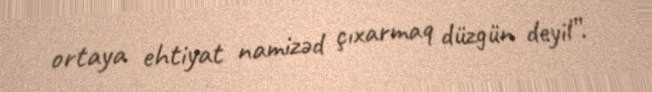
ortaya ehtiyat namizəd çıxarmaq düzgün deyil”.